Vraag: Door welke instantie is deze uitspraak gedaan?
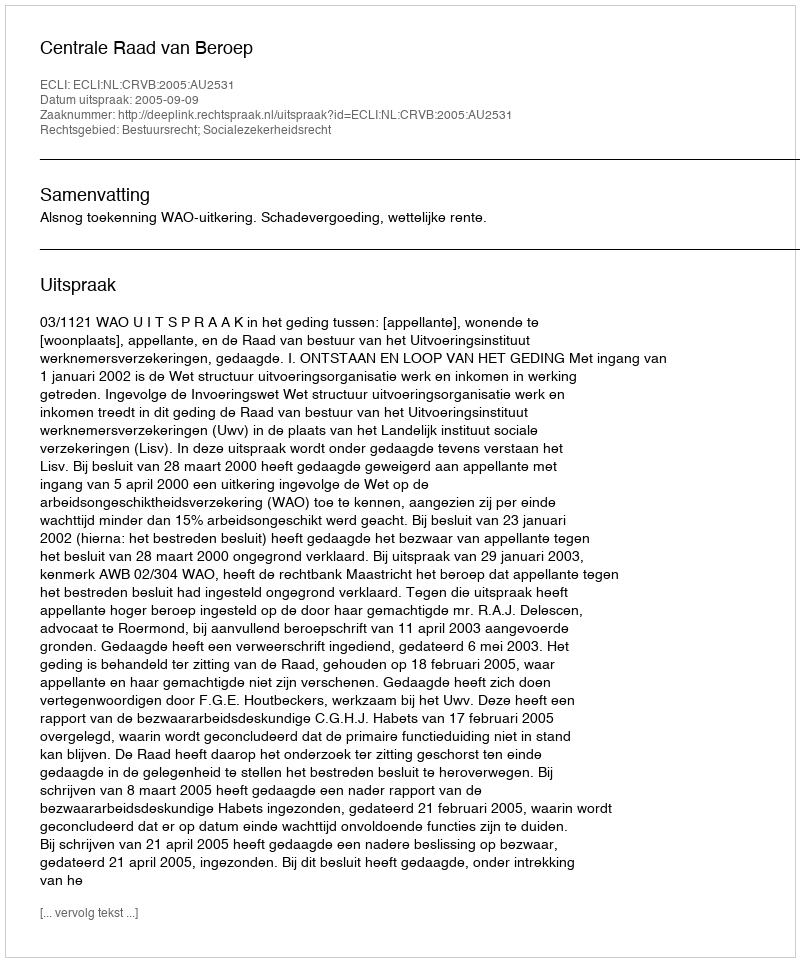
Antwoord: Centrale Raad van Beroep